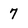
Character: 7